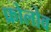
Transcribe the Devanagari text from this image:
फ्रोलोव